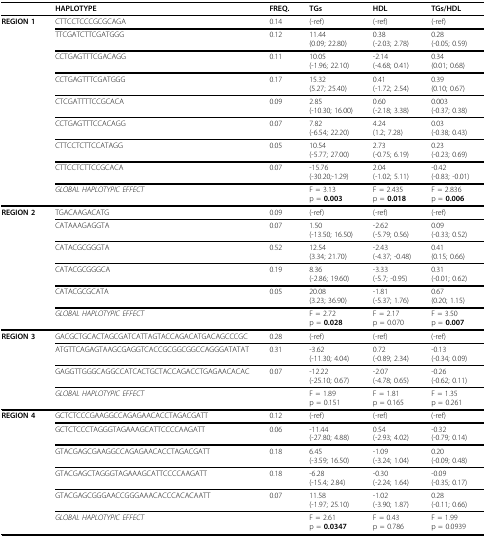
<table><thead><tr><td></td><td><b>HAPLOTYPE</b></td><td><b>FREQ.</b></td><td><b>TGs</b></td><td><b>HDL</b></td><td><b>TGs/HDL</b></td></tr></thead><tbody><tr><td><b>REGION 1</b></td><td>CTTCCTCCCGCGCAGA</td><td>0.14</td><td>(-ref)</td><td>(-ref)</td><td>(-ref)</td></tr><tr><td></td><td>TTCGATCTTCGATGGG</td><td>0.12</td><td>11.44(0.09; 22.80)</td><td>0.38(-2.03; 2.78)</td><td>0.28(-0.05; 0.59)</td></tr><tr><td></td><td>CCTGAGTTTCGACAGG</td><td>0.11</td><td>10.05(-1.96; 22.10)</td><td>-2.14(-4.68; 0.41)</td><td>0.34(0.01; 0.68)</td></tr><tr><td></td><td>CCTGAGTTTCGATGGG</td><td>0.17</td><td>15.32(5.27; 25.40)</td><td>0.41(-1.72; 2.54)</td><td>0.39(0.10; 0.67)</td></tr><tr><td></td><td>CTCGATTTTCCGCACA</td><td>0.09</td><td>2.85(-10.30; 16.00)</td><td>0.60(-2.18; 3.38)</td><td>0.003(-0.37; 0.38)</td></tr><tr><td></td><td>CCTGAGTTTCCACAGG</td><td>0.07</td><td>7.82(-6.54; 22.20)</td><td>4.24(1.2; 7.28)</td><td>0.03(-0.38; 0.43)</td></tr><tr><td></td><td>CTTCCTCTTCCATAGG</td><td>0.05</td><td>10.54(-5.77; 27.00)</td><td>2.73(-0.75; 6.19)</td><td>0.23(-0.23; 0.69)</td></tr><tr><td></td><td>CTTCCTCTTCCGCACA</td><td>0.07</td><td>-15.76(-30.20;-1.29)</td><td>2.04(-1.02; 5.11)</td><td>-0.42(-0.83; -0.01)</td></tr><tr><td></td><td colspan="2"><i>GLOBAL HAPLOTYPIC EFFECT</i></td><td>F = 3.13p = <b>0.003</b></td><td>F = 2.435p = <b>0.018</b></td><td>F = 2.836p = <b>0.006</b></td></tr><tr><td><b>REGION 2</b></td><td>TGACAAGACATG</td><td>0.09</td><td>(-ref)</td><td>(-ref)</td><td>(-ref)</td></tr><tr><td></td><td>CATAAAGAGGTA</td><td>0.07</td><td>1.50(-13.50; 16.50)</td><td>-2.62(-5.79; 0.56)</td><td>0.09(-0.33; 0.52)</td></tr><tr><td></td><td>CATACGCGGGTA</td><td>0.52</td><td>12.54(3.34; 21.70)</td><td>-2.43(-4.37; -0.48)</td><td>0.41(0.15; 0.66)</td></tr><tr><td></td><td>CATACGCGGGCA</td><td>0.19</td><td>8.36(-2.86; 19.60)</td><td>-3.33(-5.7; -0.95)</td><td>0.31(-0.01; 0.62)</td></tr><tr><td></td><td>CATACGCGCATA</td><td>0.05</td><td>20.08(3.23; 36.90)</td><td>-1.81(-5.37; 1.76)</td><td>0.67(0.20; 1.15)</td></tr><tr><td></td><td colspan="2"><i>GLOBAL HAPLOTYPIC EFFECT</i></td><td>F = 2.72p = <b>0.028</b></td><td>F = 2.17p = 0.070</td><td>F = 3.50p = <b>0.007</b></td></tr><tr><td><b>REGION 3</b></td><td>GACGCTGCACTAGCGATCATTAGTACCAGACATGACAGCCCGC</td><td>0.28</td><td>(-ref)</td><td>(-ref)</td><td>(-ref)</td></tr><tr><td></td><td>ATGTTCAGAGTAAGCGAGGTCACCGCGGCGGCCAGGGATATAT</td><td>0.31</td><td>-3.62(-11.30; 4.04)</td><td>0.72(-0.89; 2.34)</td><td>-0.13(-0.34; 0.09)</td></tr><tr><td></td><td>GAGGTTGGGCAGGCCATCACTGCTACCAGACCTGAGAACACAC</td><td>0.07</td><td>-12.22(-25.10; 0.67)</td><td>-2.07(-4.78; 0.65)</td><td>-0.26(-0.62; 0.11)</td></tr><tr><td></td><td colspan="2"><i>GLOBAL HAPLOTYPIC EFFECT</i></td><td>F = 1.89p = 0.151</td><td>F = 1.81p = 0.165</td><td>F = 1.35p = 0.261</td></tr><tr><td><b>REGION 4</b></td><td>GCTCTCCCGAAGGCCAGAGAACACCTAGACGATT</td><td>0.12</td><td>(-ref)</td><td>(-ref)</td><td>(-ref)</td></tr><tr><td></td><td>GCTCTCCCTAGGGTAGAAAGCATTCCCCAAGATT</td><td>0.06</td><td>-11.44(-27.80; 4.88)</td><td>0.54(-2.93; 4.02)</td><td>-0.32(-0.79; 0.14)</td></tr><tr><td></td><td>GTACGAGCGAAGGCCAGAGAACACCTAGACGATT</td><td>0.18</td><td>6.45(-3.59; 16.50)</td><td>-1.09(-3.24; 1.04)</td><td>0.20(-0.09; 0.48)</td></tr><tr><td></td><td>GTACGAGCTAGGGTAGAAAGCATTCCCCAAGATT</td><td>0.18</td><td>-6.28(-15.4; 2.84)</td><td>-0.30(-2.24; 1.64)</td><td>-0.09(-0.35; 0.17)</td></tr><tr><td></td><td>GTACGAGCGGGAACCGGGAAACACCCACACAATT</td><td>0.07</td><td>11.58(-1.97; 25.10)</td><td>-1.02(-3.90; 1.87)</td><td>0.28(-0.11; 0.66)</td></tr><tr><td></td><td colspan="2"><i>GLOBAL HAPLOTYPIC EFFECT</i></td><td>F = 2.61p = <b>0.0347</b></td><td>F = 0.43p = 0.786</td><td>F = 1.99p = 0.0939</td></tr></tbody></table>